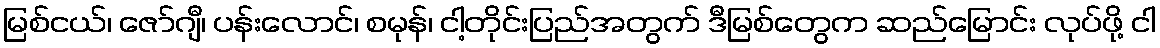
မြစ်ငယ်၊ ဇော်ဂျီ၊ ပန်းလောင်၊ စမုန်၊ ငါ့တိုင်းပြည်အတွက် ဒီမြစ်တွေက ဆည်မြောင်း လုပ်ဖို့ ငါ